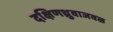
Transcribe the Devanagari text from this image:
दक्षिणध्रुवाजवळ